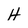
Character: H